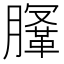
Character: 𣎤